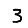
Digit: 3